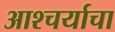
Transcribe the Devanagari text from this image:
आश्‍चर्याचा